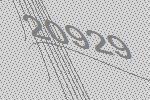
20929